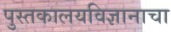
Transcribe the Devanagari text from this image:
पुस्तकालयविज्ञानाचा